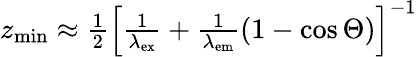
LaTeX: \begin{array}{r}{z_{\mathrm{min}}\approx\frac{1}{2}\left[\frac{1}{\lambda_{\mathrm{ex}}}+\frac{1}{\lambda_{\mathrm{em}}}\left(1-\cos\Theta\right)\right]^{-1}}\end{array}